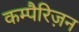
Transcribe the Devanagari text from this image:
कम्पैरिज़न